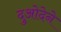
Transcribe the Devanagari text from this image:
दुओदेने